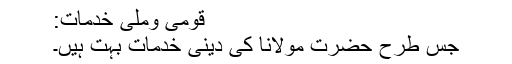
قومی وملّی خدمات:
جس طرح حضرت مولانا کی دینی خدمات بہت ہیں۔